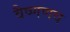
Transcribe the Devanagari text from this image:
वैष्णणव